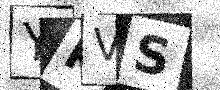
Text: YKVS